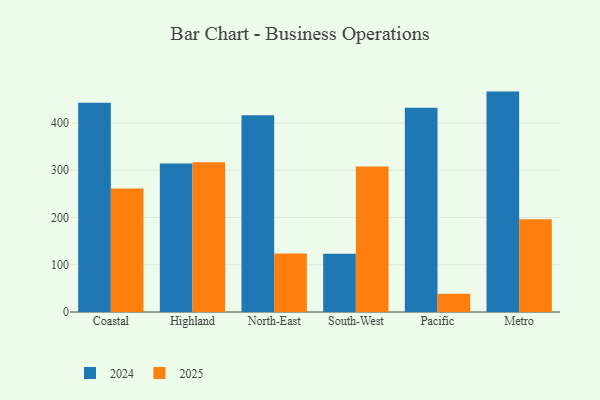
{"axis": {"x": "Region", "y": "Budget (USD K)"}, "legend": ["2024", "2025"], "data": [{"x": "Coastal", "y": 443.2, "type": "2024"}, {"x": "Coastal", "y": 261.2, "type": "2025"}, {"x": "Highland", "y": 314.2, "type": "2024"}, {"x": "Highland", "y": 317.1, "type": "2025"}, {"x": "North-East", "y": 416.5, "type": "2024"}, {"x": "North-East", "y": 123.7, "type": "2025"}, {"x": "South-West", "y": 123.1, "type": "2024"}, {"x": "South-West", "y": 308.2, "type": "2025"}, {"x": "Pacific", "y": 432.2, "type": "2024"}, {"x": "Pacific", "y": 38.4, "type": "2025"}, {"x": "Metro", "y": 466.6, "type": "2024"}, {"x": "Metro", "y": 196.6, "type": "2025"}]}